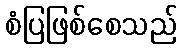
စံပြဖြစ်စေသည်